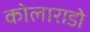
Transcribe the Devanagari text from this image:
कोलाराडो